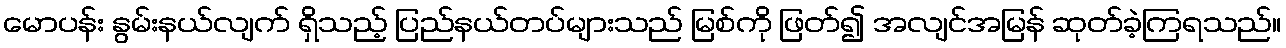
မောပန်း နွမ်းနယ်လျက် ရှိသည့် ပြည်နယ်တပ်များသည် မြစ်ကို ဖြတ်၍ အလျင်အမြန် ဆုတ်ခဲ့ကြရသည်။